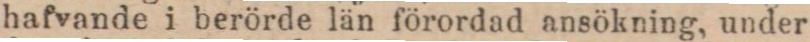
hafvande i berörde län förordad ansökning, under